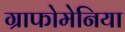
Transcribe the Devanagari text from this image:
ग्राफोमेनिया